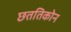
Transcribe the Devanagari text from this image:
छततिकोन